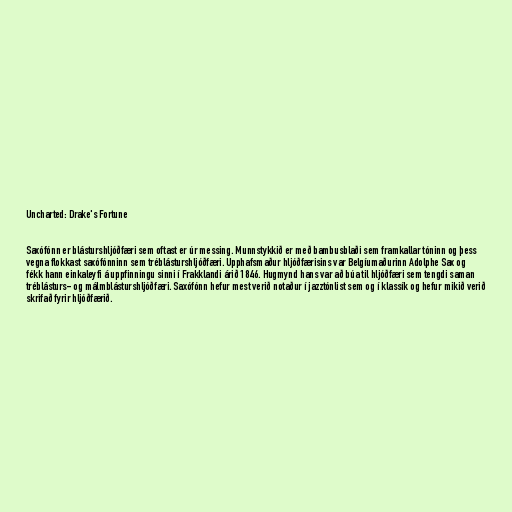
Uncharted: Drake's Fortune

Saxófónn er blásturshljóðfæri sem oftast er úr messing. Munnstykkið er með bambusblaði sem framkallar tóninn og þess
vegna flokkast saxófónninn sem tréblásturshljóðfæri. Upphafsmaður hljóðfærisins var Belgíumaðurinn Adolphe Sax og
fékk hann einkaleyfi á uppfinningu sinni í Frakklandi árið 1846. Hugmynd hans var að búa til hljóðfæri sem tengdi saman
tréblásturs- og málmblásturshljóðfæri. Saxófónn hefur mest verið notaður í jazztónlist sem og í klassík og hefur mikið verið
skrifað fyrir hljóðfærið.